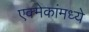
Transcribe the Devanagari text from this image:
एक्मेकांमध्ये